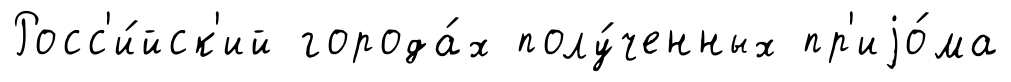
Росс'и́йск'ий города́х полу́ченных пр'иjо́ма